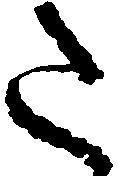
た